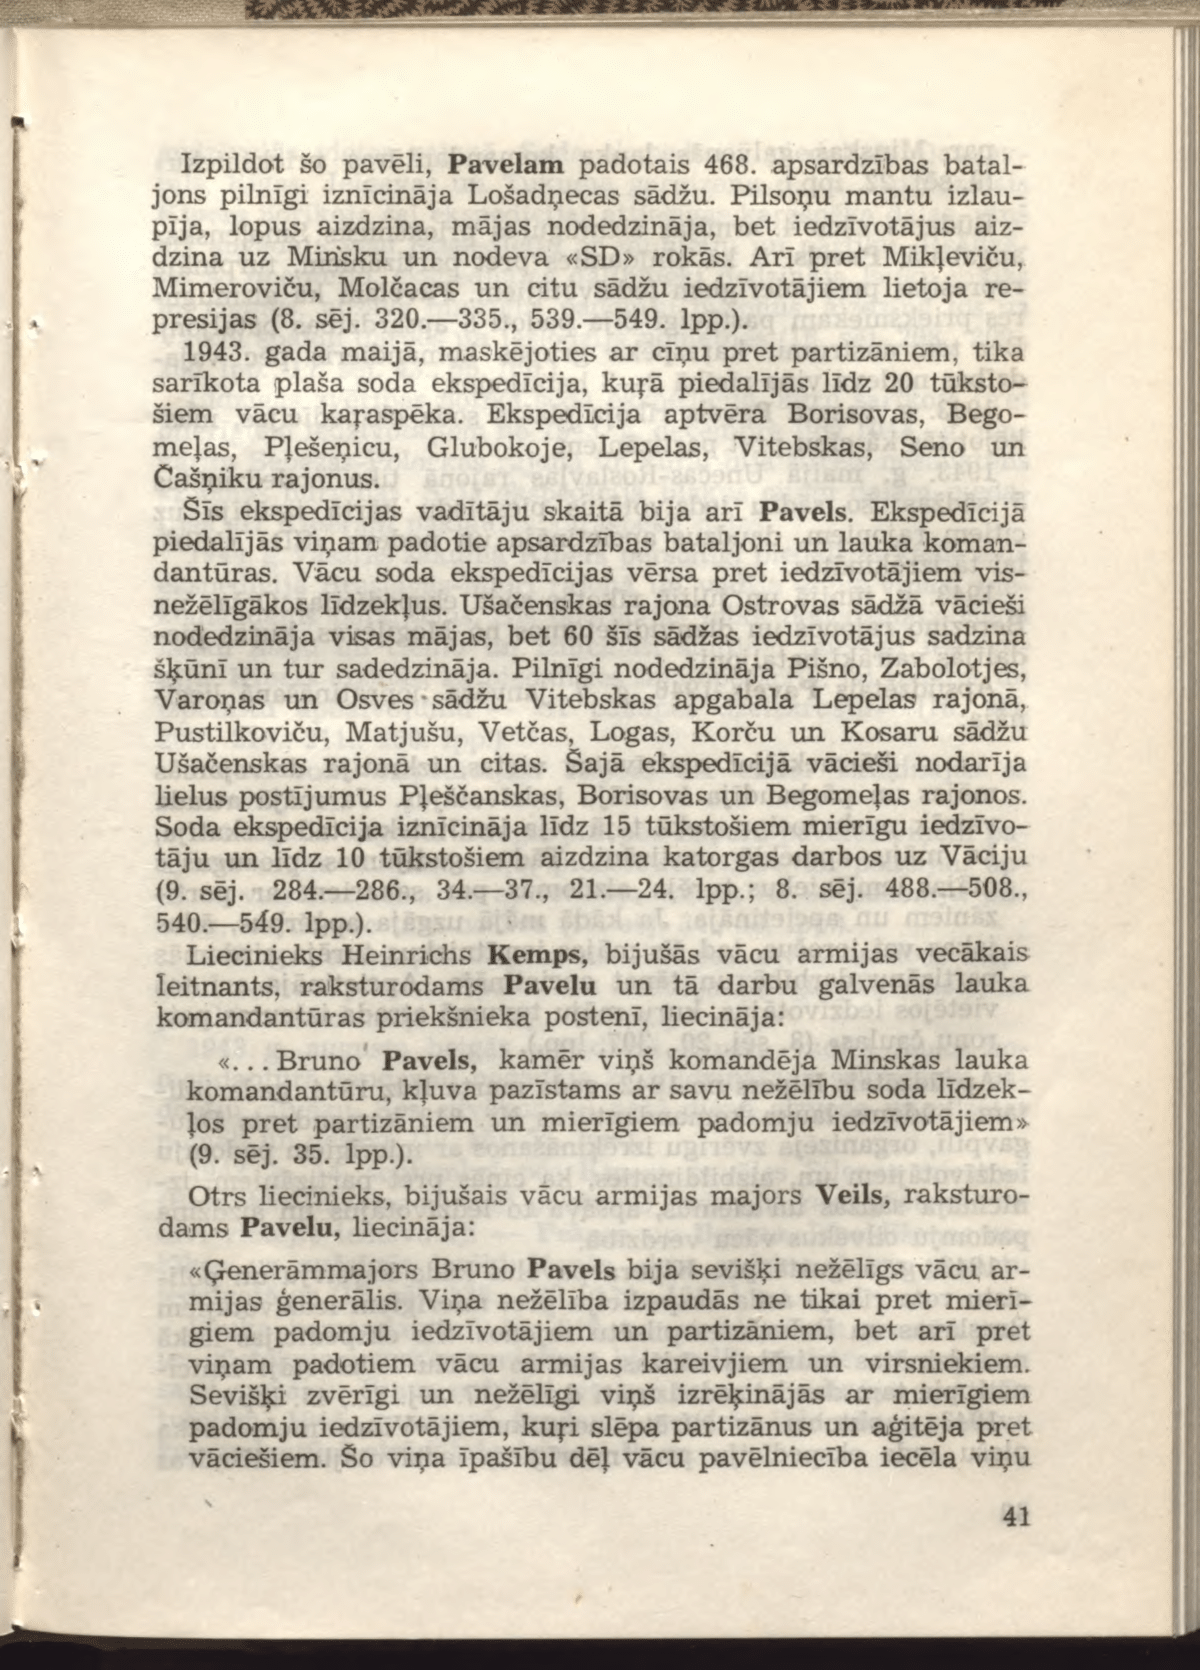
Language: lv